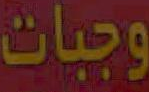
وجبات